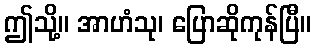
ဤသို့။ အာဟံသု၊ ပြောဆိုကုန်ပြီ။